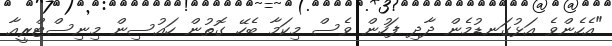
"އެހެންވެ އަޅުގަނޑުމެން ދާދި ފަހުން ވެސް މިކަމާ ބެހޭ ގޮތުން ހައުސިން މިނިސްޓްރީއާ